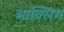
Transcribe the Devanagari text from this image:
माक्सिम